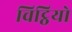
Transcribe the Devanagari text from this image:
चिट्ठियो